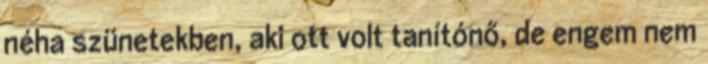
néha szünetekben, aki ott volt tanítónő, de engem nem